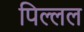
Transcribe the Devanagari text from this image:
पिल्लल